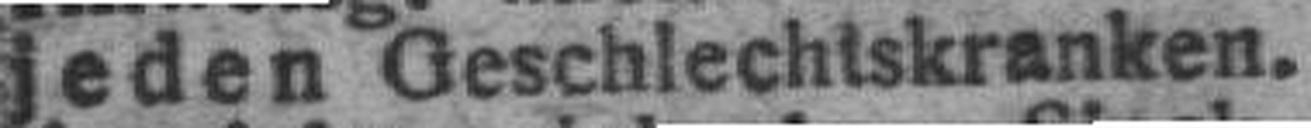
jeden Geschlechtskranken.